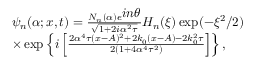
\begin{array} { l l } { \psi _ { n } ( \alpha ; x , t ) = \frac { N _ { n } ( \alpha ) e ^ { \textstyle i n \theta } } { \sqrt { 1 + 2 i \alpha ^ { 2 } \tau } } H _ { n } ( \xi ) \exp ( - \xi ^ { 2 } / 2 ) } \\ { \times \exp \left\{ i \left[ \frac { 2 \alpha ^ { 4 } \tau ( x - A ) ^ { 2 } + 2 k _ { 0 } ( x - A ) - 2 k _ { 0 } ^ { 2 } \tau } { 2 ( 1 + 4 \alpha ^ { 4 } \tau ^ { 2 } ) } \right] \right\} , } \end{array}